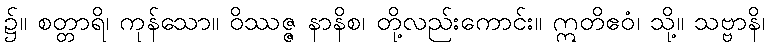
၌။ စတ္တာရိ၊ ကုန်သော။ ဝိဿဇ္ဇ နာနိစ၊ တို့လည်းကောင်း။ ဣတိဧဝံ၊ သို့။ သဗ္ဗာနိ၊